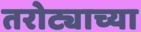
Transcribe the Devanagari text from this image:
तरोट्याच्या